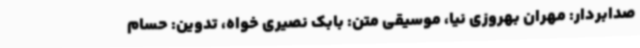
صدابردار: مهران بهروزی نیا، موسیقی متن: بابک نصیری خواه، تدوین: حسام